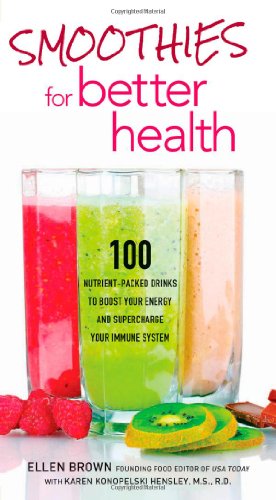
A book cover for Smoothies for Better Health: 100 Nutrient-Packed Drinks to Boost Your Energy and Supercharge Your Immune System; Ellen Brown; Cookbooks, Food & Wine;